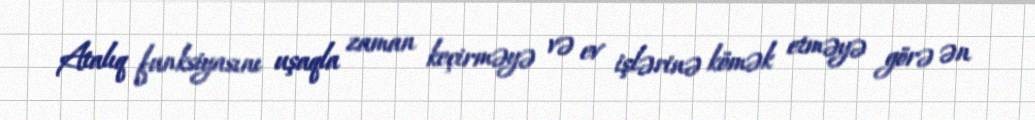
Atalıq funksiyasını uşaqla zaman keçirməyə və ev işlərinə kömək etməyə görə ən